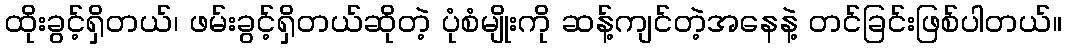
ထိုးခွင့်ရှိတယ်၊ ဖမ်းခွင့်ရှိတယ်ဆိုတဲ့ ပုံစံမျိုးကို ဆန့်ကျင်တဲ့အနေနဲ့ တင်ခြင်းဖြစ်ပါတယ်။